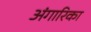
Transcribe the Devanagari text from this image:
अंगारिका